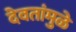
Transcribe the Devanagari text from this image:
देवतांमुळे